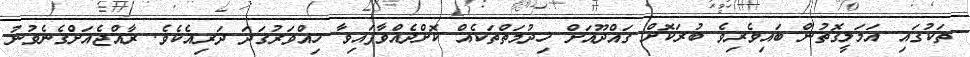
ތަކުގައި އަމަލީގޮތުން ބައިވެރިވެ ބުރަކޮށް ގައްދޫއަށް ޚިދުމަތްތަކެއް ކޮށްދެއްވާފައިވާ ހިއްވަރުގަދަ ދަރިއެކެވެ. ރާއްޖެއަށްގެނެވުނު